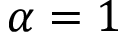
\alpha = 1